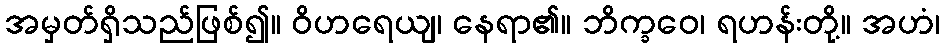
အမှတ်ရှိသည်ဖြစ်၍။ ဝိဟရေယျ၊ နေရာ၏။ ဘိက္ခဝေ၊ ရဟန်းတို့။ အဟံ၊